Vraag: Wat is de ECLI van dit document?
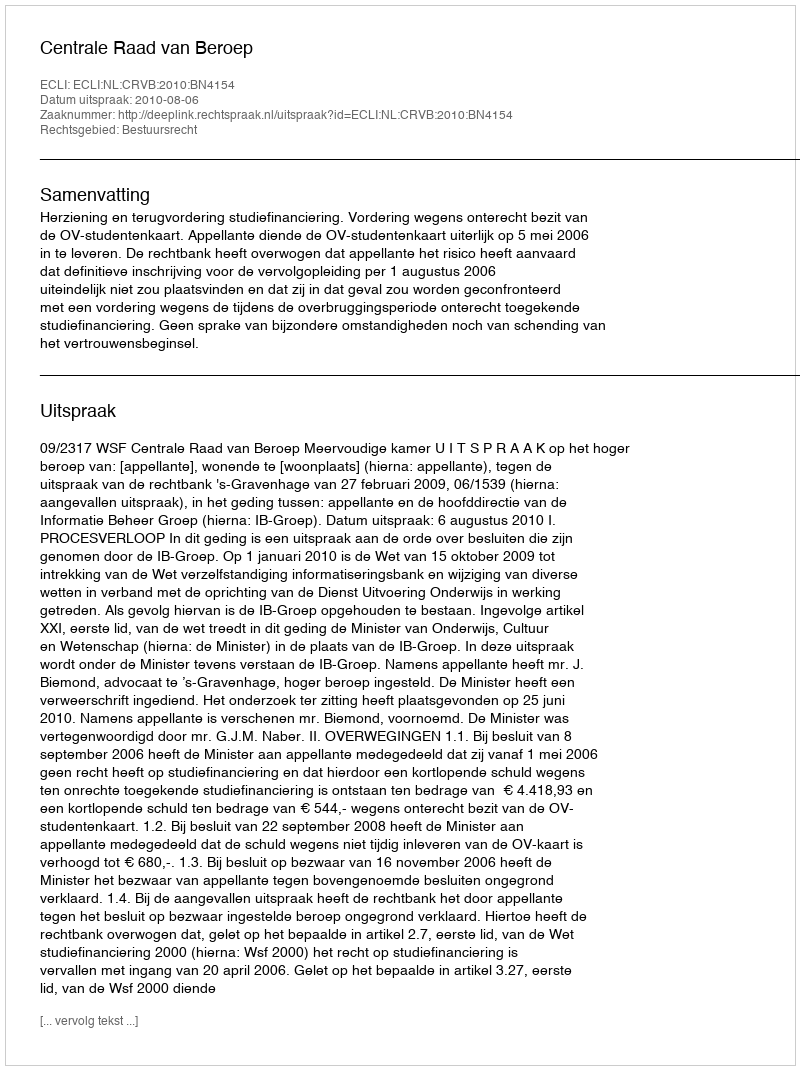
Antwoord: ECLI:NL:CRVB:2010:BN4154